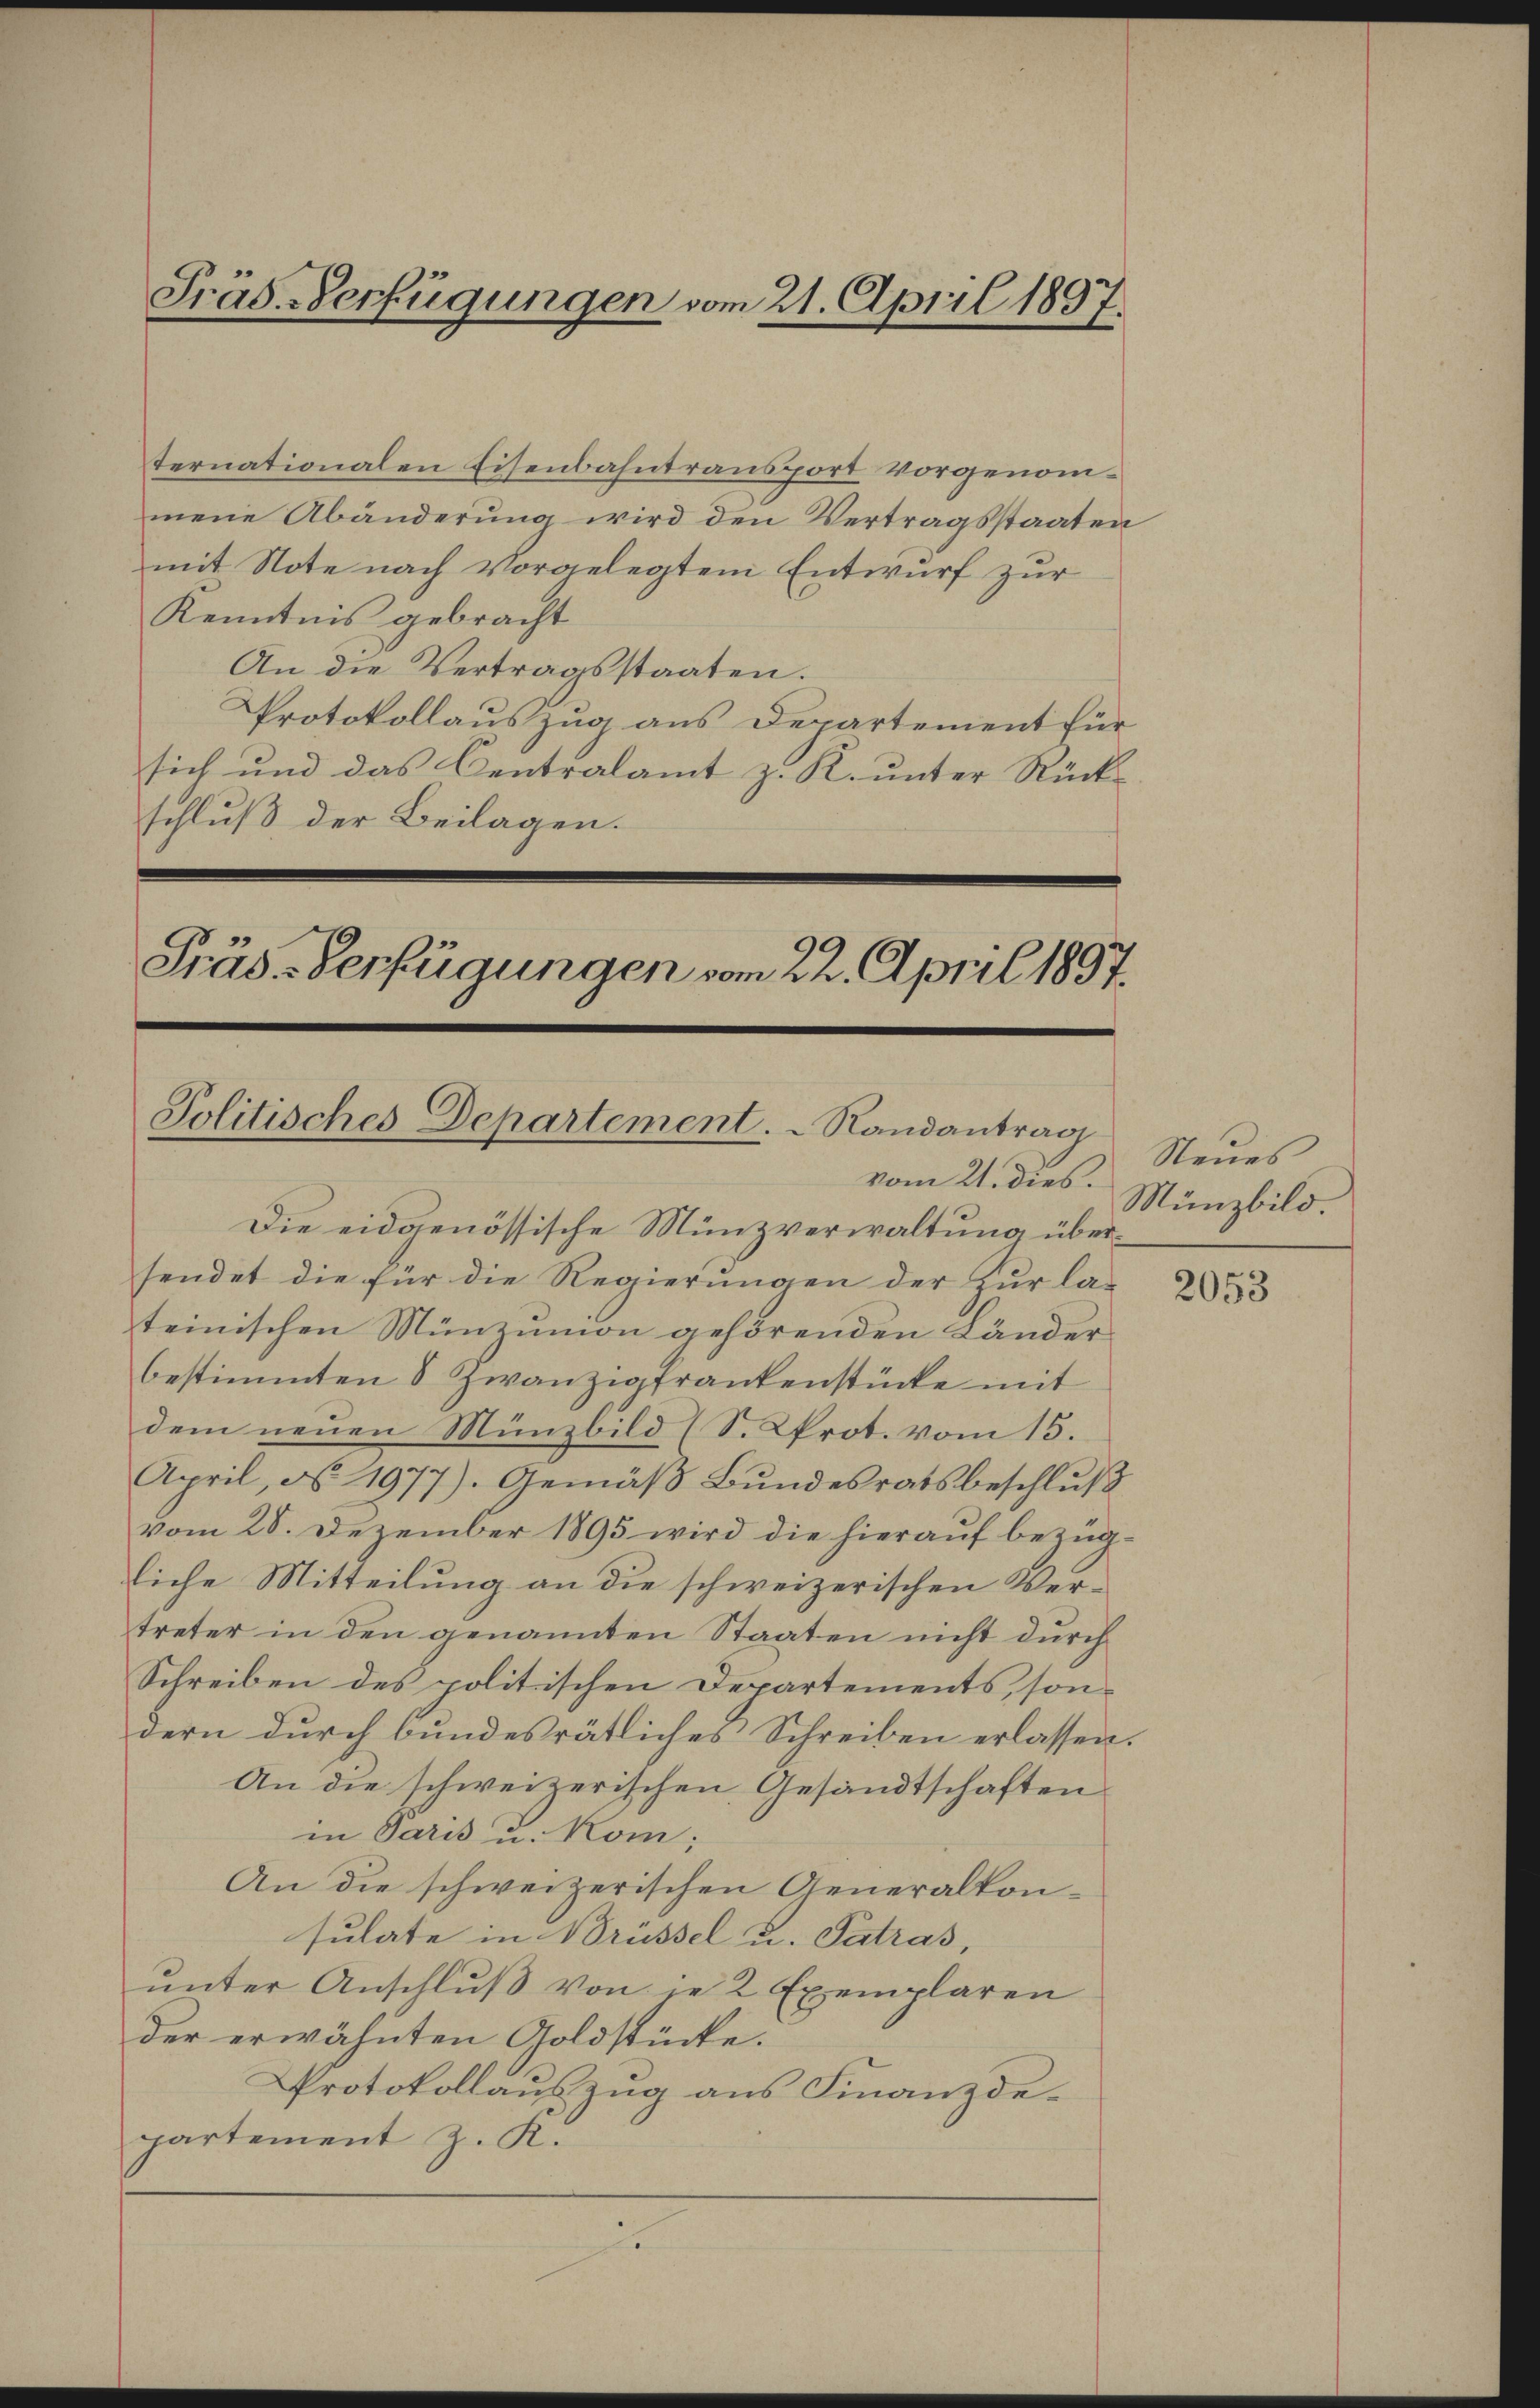
Präs.-Verfügungen vom 21. April 1897.

ternationalen Eisenbahntransport vorgenommene Abänderung wird den Vertragsstaaten
mit Note nach vorgelegten Entwurf zur
Kenntnis gebracht
An die Vertragsstaaten.
Protokollauszug aus Departement für
sich und das Centralamt z. R. unter Rück-
schluß der Beilagen.
Präs-Verfügungen vom 22. April 1857.

Politisches Departement.  Randantrag
vom 21. dies.
Die eidgenössische Münzverwaltung über¬

sendet die für die Regierungen der zur la-
teinischen Münzumnon gehörenden Länderbestimmten 5 Zwanzigfrankenstücke mit
dem neuen Münzbild (S. Prot. vom 15.
April, d. 1977). Gemäβ Bŭndesratsbeschlŭβ
vom 28. Dezember 1895 wird die hierauf bezügliche Mitteilung an die schweizerischen Vertreter in den genannten Staaten nicht durch
Schreiben des politischen Departements, sondern durch bundesrätliches Schreiben erlassen.
An die schweizerischen Gesandtschaften
in Paris u. Kom;
An die schweizerischen Generalkonsulate in Brüssel u. Patras,
ŭnter Anschlŭβ von je 2 Exemplaren
der erwähnten Goldstücke.
Protokollauszug aus Finanzdepartement z. K.

Neues
Münzbild.

2053